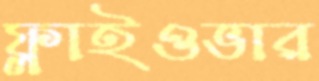
ফ্লাইওভার